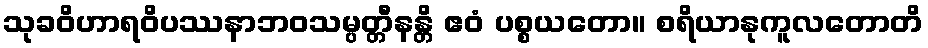
သုခဝိဟာရဝိပဿနာဘဝသမ္ပတ္တီနန္တိ ဧဝံ ပစ္စယတော။ စရိယာနုကူလတောတိ